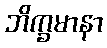
ဘိက္ခမာနာ